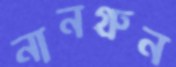
নানগ্রুন